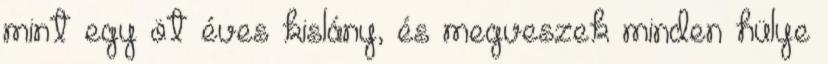
mint egy öt éves kislány, és megveszek minden hülye